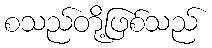
စသည်တို့ဖြစ်သည်